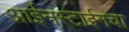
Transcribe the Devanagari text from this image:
आईनस्टाईनचा